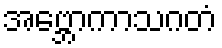
အဗ္ဘောကာသဂတံ